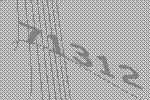
71312